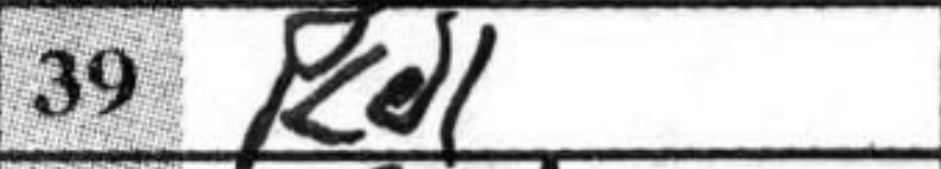
Transcription: Kd1